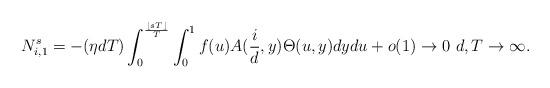
LaTeX: \begin{align*} N_{i,1}^s&=-(\eta d T) \int_0^{\frac{\lfloor sT\rfloor}{T}}\int_0^1 f(u)A(\frac{i}{d},y)\Theta(u,y)dydu+o(1)\to 0 \ d,T\to\infty. \end{align*}